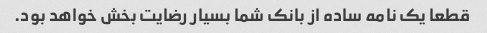
قطعا یک نامه ساده از بانک شما بسیار رضایت بخش خواهد بود.